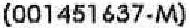
(001451637-M)